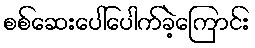
စစ်ဆေးပေါ်ပေါက်ခဲ့ကြောင်း